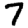
Digit: 7